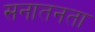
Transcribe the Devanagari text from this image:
सनातनता